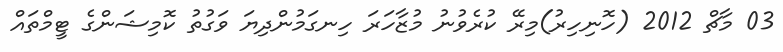
03 މާޗް 2012 (ހޮނިހިރު)މިރޭ ކުރެވުނު މުޒާހަރަ ހިނގަމުންދިޔަ ވަގުތު ކޮމިޝަންގެ ޓީމްތައް